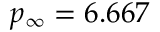
p _ { \infty } = 6 . 6 6 7